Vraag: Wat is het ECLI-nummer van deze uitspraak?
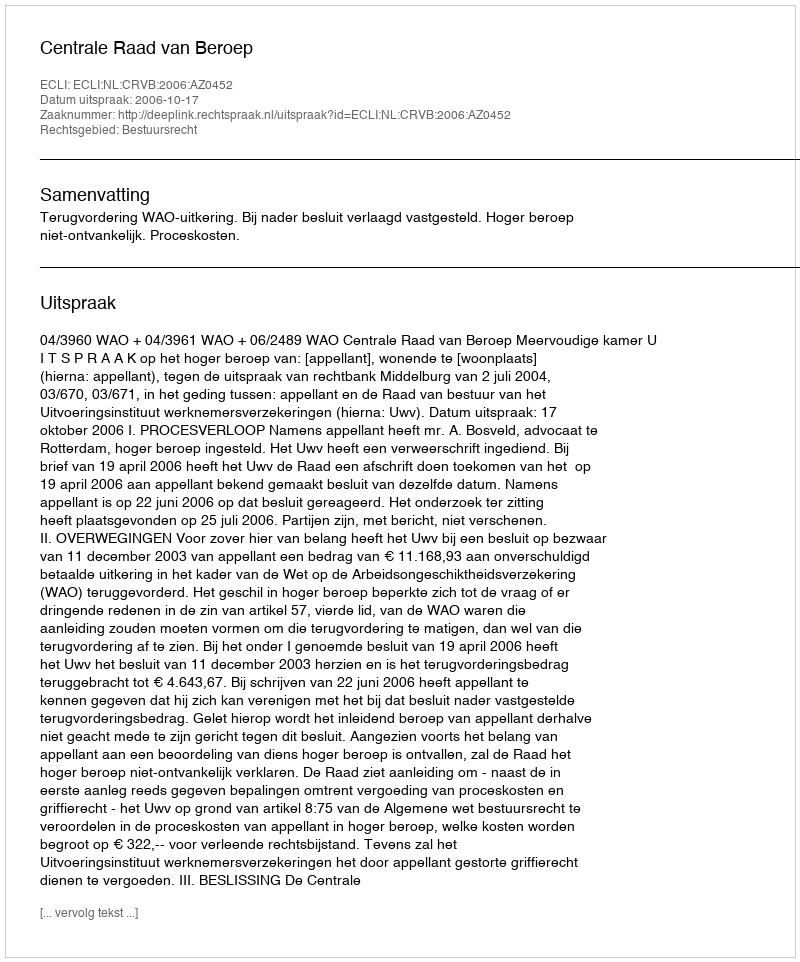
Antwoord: ECLI:NL:CRVB:2006:AZ0452